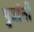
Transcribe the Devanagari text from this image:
पुत्रांनीं